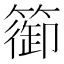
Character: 篽